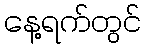
နေ့ရက်တွင်